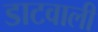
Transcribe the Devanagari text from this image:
डाटवाली